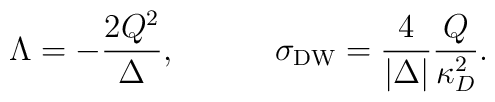
\Lambda=-{{2Q^2}\over\Delta},\ \ \ \ \ \ \ \ \ \sigma_{\rm DW}={4\over{|\Delta|}}{Q\over{\kappa^2_D}}.